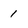
Character: 1